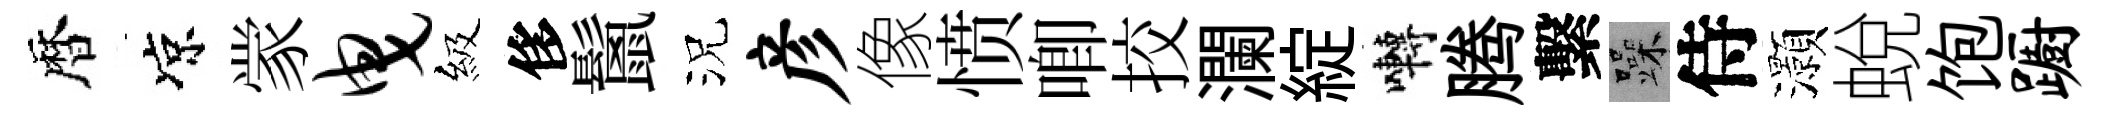
暦凉䝉曳級侈鬛況彦像愤唧挍瀾綻囀腾繫躁侍灝蛻饱蹰